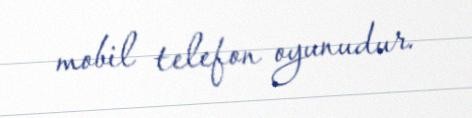
mobil telefon oyunudur.